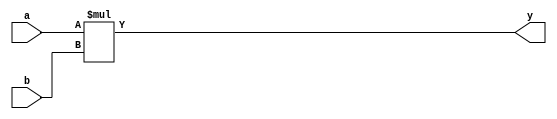
module multiplier_4x4 (
    input [3:0] a,
    input [3:0] b,
    output [7:0] y
);
    
    // RTL implementation of a 4x4 multiplier for unsigned numbers using
    // combinational logic
    
    assign y = a * b;

endmodule